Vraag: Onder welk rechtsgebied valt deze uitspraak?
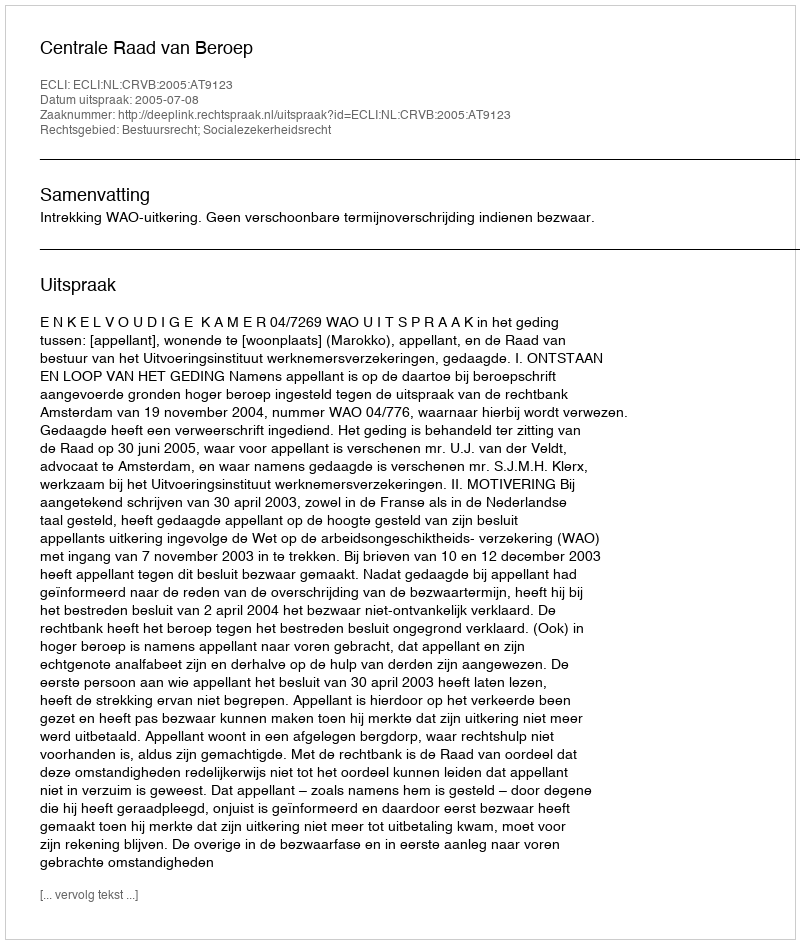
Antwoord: Bestuursrecht; Socialezekerheidsrecht